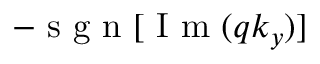
- \mathrm { ~ s ~ g ~ n ~ } [ \mathrm { ~ I ~ m ~ } ( q k _ { y } ) ]